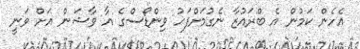
އެހެން ކަމުން އެ ބްރައުޒާ ނެގުމަށްފަހު ވިންޑޯސްގެ އާ ވާޝަން އަށް ވަނީ